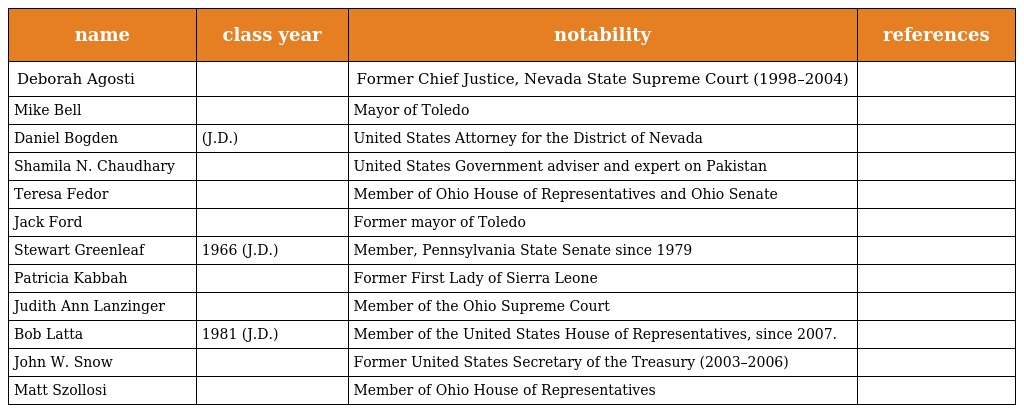
| name | class year | notability | references |
 | --- | --- | --- | --- |
 | Deborah Agosti |  | Former Chief Justice, Nevada State Supreme Court (1998–2004) |  |
 | Mike Bell |  | Mayor of Toledo |  |
 | Daniel Bogden | (J.D.) | United States Attorney for the District of Nevada |  |
 | Shamila N. Chaudhary |  | United States Government adviser and expert on Pakistan |  |
 | Teresa Fedor |  | Member of Ohio House of Representatives and Ohio Senate |  |
 | Jack Ford |  | Former mayor of Toledo |  |
 | Stewart Greenleaf | 1966 (J.D.) | Member, Pennsylvania State Senate since 1979 |  |
 | Patricia Kabbah |  | Former First Lady of Sierra Leone |  |
 | Judith Ann Lanzinger |  | Member of the Ohio Supreme Court |  |
 | Bob Latta | 1981 (J.D.) | Member of the United States House of Representatives, since 2007. |  |
 | John W. Snow |  | Former United States Secretary of the Treasury (2003–2006) |  |
 | Matt Szollosi |  | Member of Ohio House of Representatives |  |